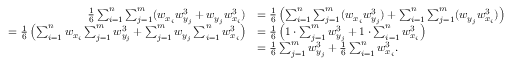
\begin{array} { r l } { \frac 1 6 \sum _ { i = 1 } ^ { n } \sum _ { j = 1 } ^ { m } ( w _ { x _ { i } } w _ { y _ { j } } ^ { 3 } + w _ { y _ { j } } w _ { x _ { i } } ^ { 3 } ) } & { = \frac 1 6 \left( \sum _ { i = 1 } ^ { n } \sum _ { j = 1 } ^ { m } ( w _ { x _ { i } } w _ { y _ { j } } ^ { 3 } ) + \sum _ { i = 1 } ^ { n } \sum _ { j = 1 } ^ { m } ( w _ { y _ { j } } w _ { x _ { i } } ^ { 3 } ) \right) } \\ { = \frac 1 6 \left( \sum _ { i = 1 } ^ { n } w _ { x _ { i } } \sum _ { j = 1 } ^ { m } w _ { y _ { j } } ^ { 3 } + \sum _ { j = 1 } ^ { m } w _ { y _ { j } } \sum _ { i = 1 } ^ { n } w _ { x _ { i } } ^ { 3 } \right) } & { = \frac 1 6 \left( 1 \cdot \sum _ { j = 1 } ^ { m } w _ { y _ { j } } ^ { 3 } + 1 \cdot \sum _ { i = 1 } ^ { n } w _ { x _ { i } } ^ { 3 } \right) } \\ & { = \frac 1 6 \sum _ { j = 1 } ^ { m } w _ { y _ { j } } ^ { 3 } + \frac 1 6 \sum _ { i = 1 } ^ { n } w _ { x _ { i } } ^ { 3 } . } \end{array}